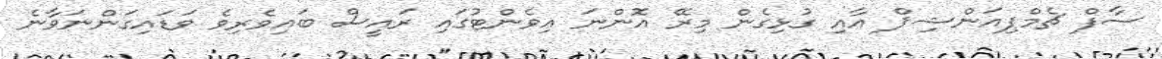
ސާފް ޗެމްޕިއަންޝިޕް އާއި ގުޅިގެން މިރޭ އޮންނަ އިވެންޓުގައި ރައީސް ބައިވެރިވެ ވަޑައިގަންނަވާނެ